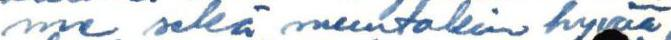
me sekä muutakin hyvää